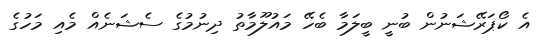
އެ ކޯޕަރޭޝަނުން ބުނީ ބީލަމާ ބެހޭ މައުލޫމާތު ދިނުމުގެ ސެޝަނެއް މެއި މަހުގެ